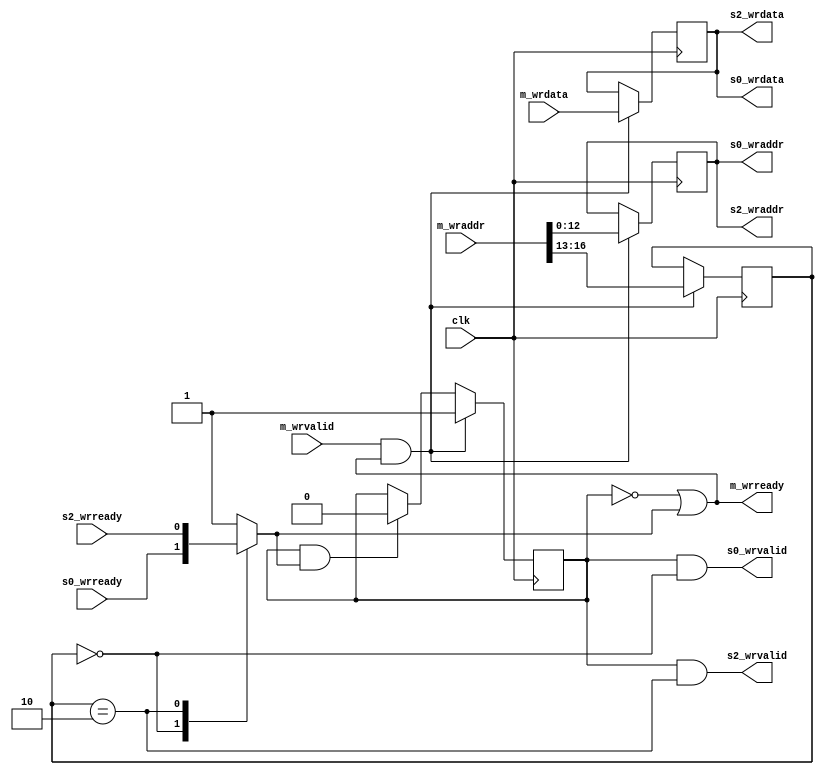
module wrswitch (
	input wire [16:0] m_wraddr,
	input wire [8:0] m_wrdata,
	input wire m_wrvalid,
	output wire m_wrready,
	output wire [12:0] s0_wraddr,
	output wire [8:0] s0_wrdata,
	output wire s0_wrvalid,
	input wire s0_wrready,
	output wire [12:0] s2_wraddr,
	output wire [8:0] s2_wrdata,
	output wire s2_wrvalid,
	input wire s2_wrready,
	input wire clk
);

reg buf_valid;
reg [3:0] buf_target;
reg [12:0] buf_wraddr;
reg [8:0] buf_wrdata;
initial buf_valid = 0;

assign s0_wraddr = buf_wraddr;
assign s2_wraddr = buf_wraddr;
assign s0_wrdata = buf_wrdata;
assign s2_wrdata = buf_wrdata;
assign s0_wrvalid = buf_valid && buf_target == 0;
assign s2_wrvalid = buf_valid && buf_target == 2;

reg s_ready;

assign m_wrready = !buf_valid || s_ready;

always @(*) begin
	case (buf_target)
		0: s_ready <= s0_wrready;
		2: s_ready <= s2_wrready;
		default: s_ready <= 1;
	endcase
end

always @(posedge clk) begin
	if (buf_valid && s_ready) begin
		buf_valid <= 0;
	end
	if (m_wrvalid && m_wrready) begin
		buf_target <= m_wraddr[16:13];
		buf_wraddr <= m_wraddr;
		buf_wrdata <= m_wrdata;
		buf_valid <= 1;
	end
end

endmodule